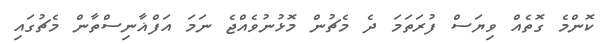
ކޮންމެ ގޮތެއް ވިޔަސް ފުރަތަމަ ދެ މެޗުން މޮޅުނުވެއްޖެ ނަމަ އަފްޣާނިސްތާން މެޗުގައި